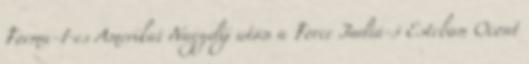
Forma-1-es Amerikai Nagydíj után a Force Indiá-s Esteban Ocont